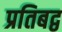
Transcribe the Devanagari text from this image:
प्रतिबद्व